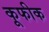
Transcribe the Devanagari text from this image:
कूफीक